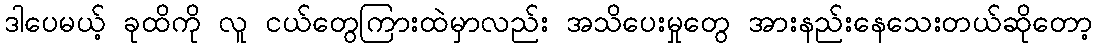
ဒါပေမယ့် ခုထိကို လူ ငယ်တွေကြားထဲမှာလည်း အသိပေးမှုတွေ အားနည်းနေသေးတယ်ဆိုတော့